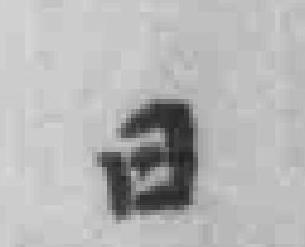
日